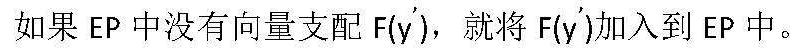
如果 $\mathrm{EP}$ 中没有向量支配 $\mathrm{F}(\mathbf{y}')$，就将 $\mathrm{F}(\mathbf{y}')$ 加入到 $\mathrm{EP}$ 中。